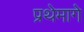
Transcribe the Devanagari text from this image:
प्रथेमागे